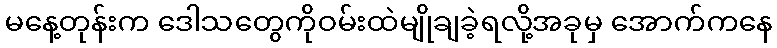
မနေ့တုန်းက ဒေါသတွေကိုဝမ်းထဲမျိုချခဲ့ရလို့အခုမှ အောက်ကနေ